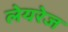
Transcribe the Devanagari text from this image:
लेयरेज